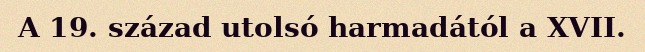
A 19. század utolsó harmadától a XVII.